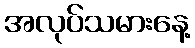
အလုပ်သမားနေ့